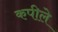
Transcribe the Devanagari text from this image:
कपीले